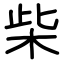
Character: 柴